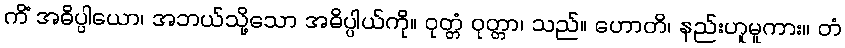
ကိံ အဓိပ္ပါယော၊ အဘယ်သို့သော အဓိပ္ပါယ်ကို။ ဝုတ္တံ ဝုတ္တာ၊ သည်။ ဟောတိ၊ နည်းဟူမူကား။ တံ